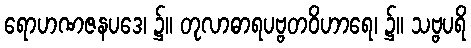
ရောဟဏဇနပဒေ၊ ၌။ တုလာဓာရပဗ္ဗတဝိဟာရေ၊ ၌။ သဗ္ဗပရိ